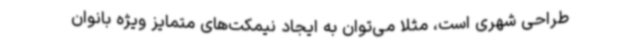
طراحی شهری است، مثلا می‌توان به ایجاد نیمکت‌های متمایز ویژه بانوان